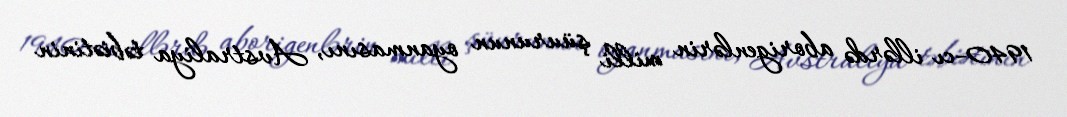
1940-cı illərdə aborigenlərin milli şüurunun oyanmasını, Avstraliya təbiətinin